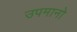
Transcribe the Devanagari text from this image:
उपमानो